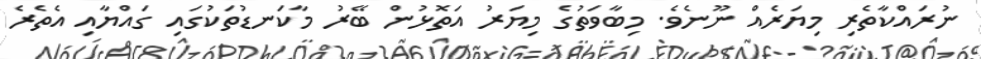
ނުރައްކާތެރި މިޔަރެއް ނޫނެވެ. މިބާވަތުގެ މިޔަރު އަތޮޅުން ބޭރު މާކަނޑުތަކުގައި ގައްޔާއި އެތެރެ